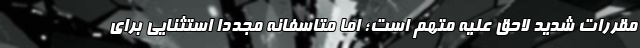
مقررات شدید لاحق علیه متهم است؛ اما متاسفانه مجدداً استثنایی برای